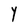
Character: Y